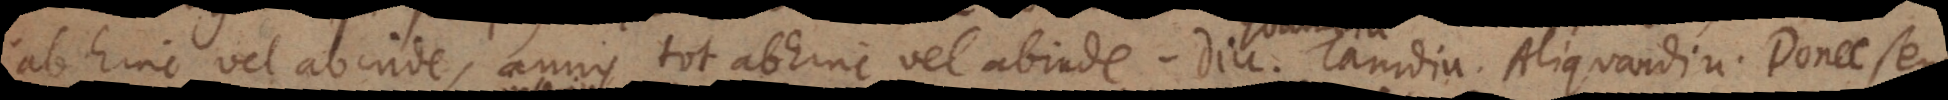
abhinc vel abinde, annis tot abhinc vel abinde. – Diu. Tamdiu. Aliquandiu.